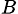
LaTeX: _B